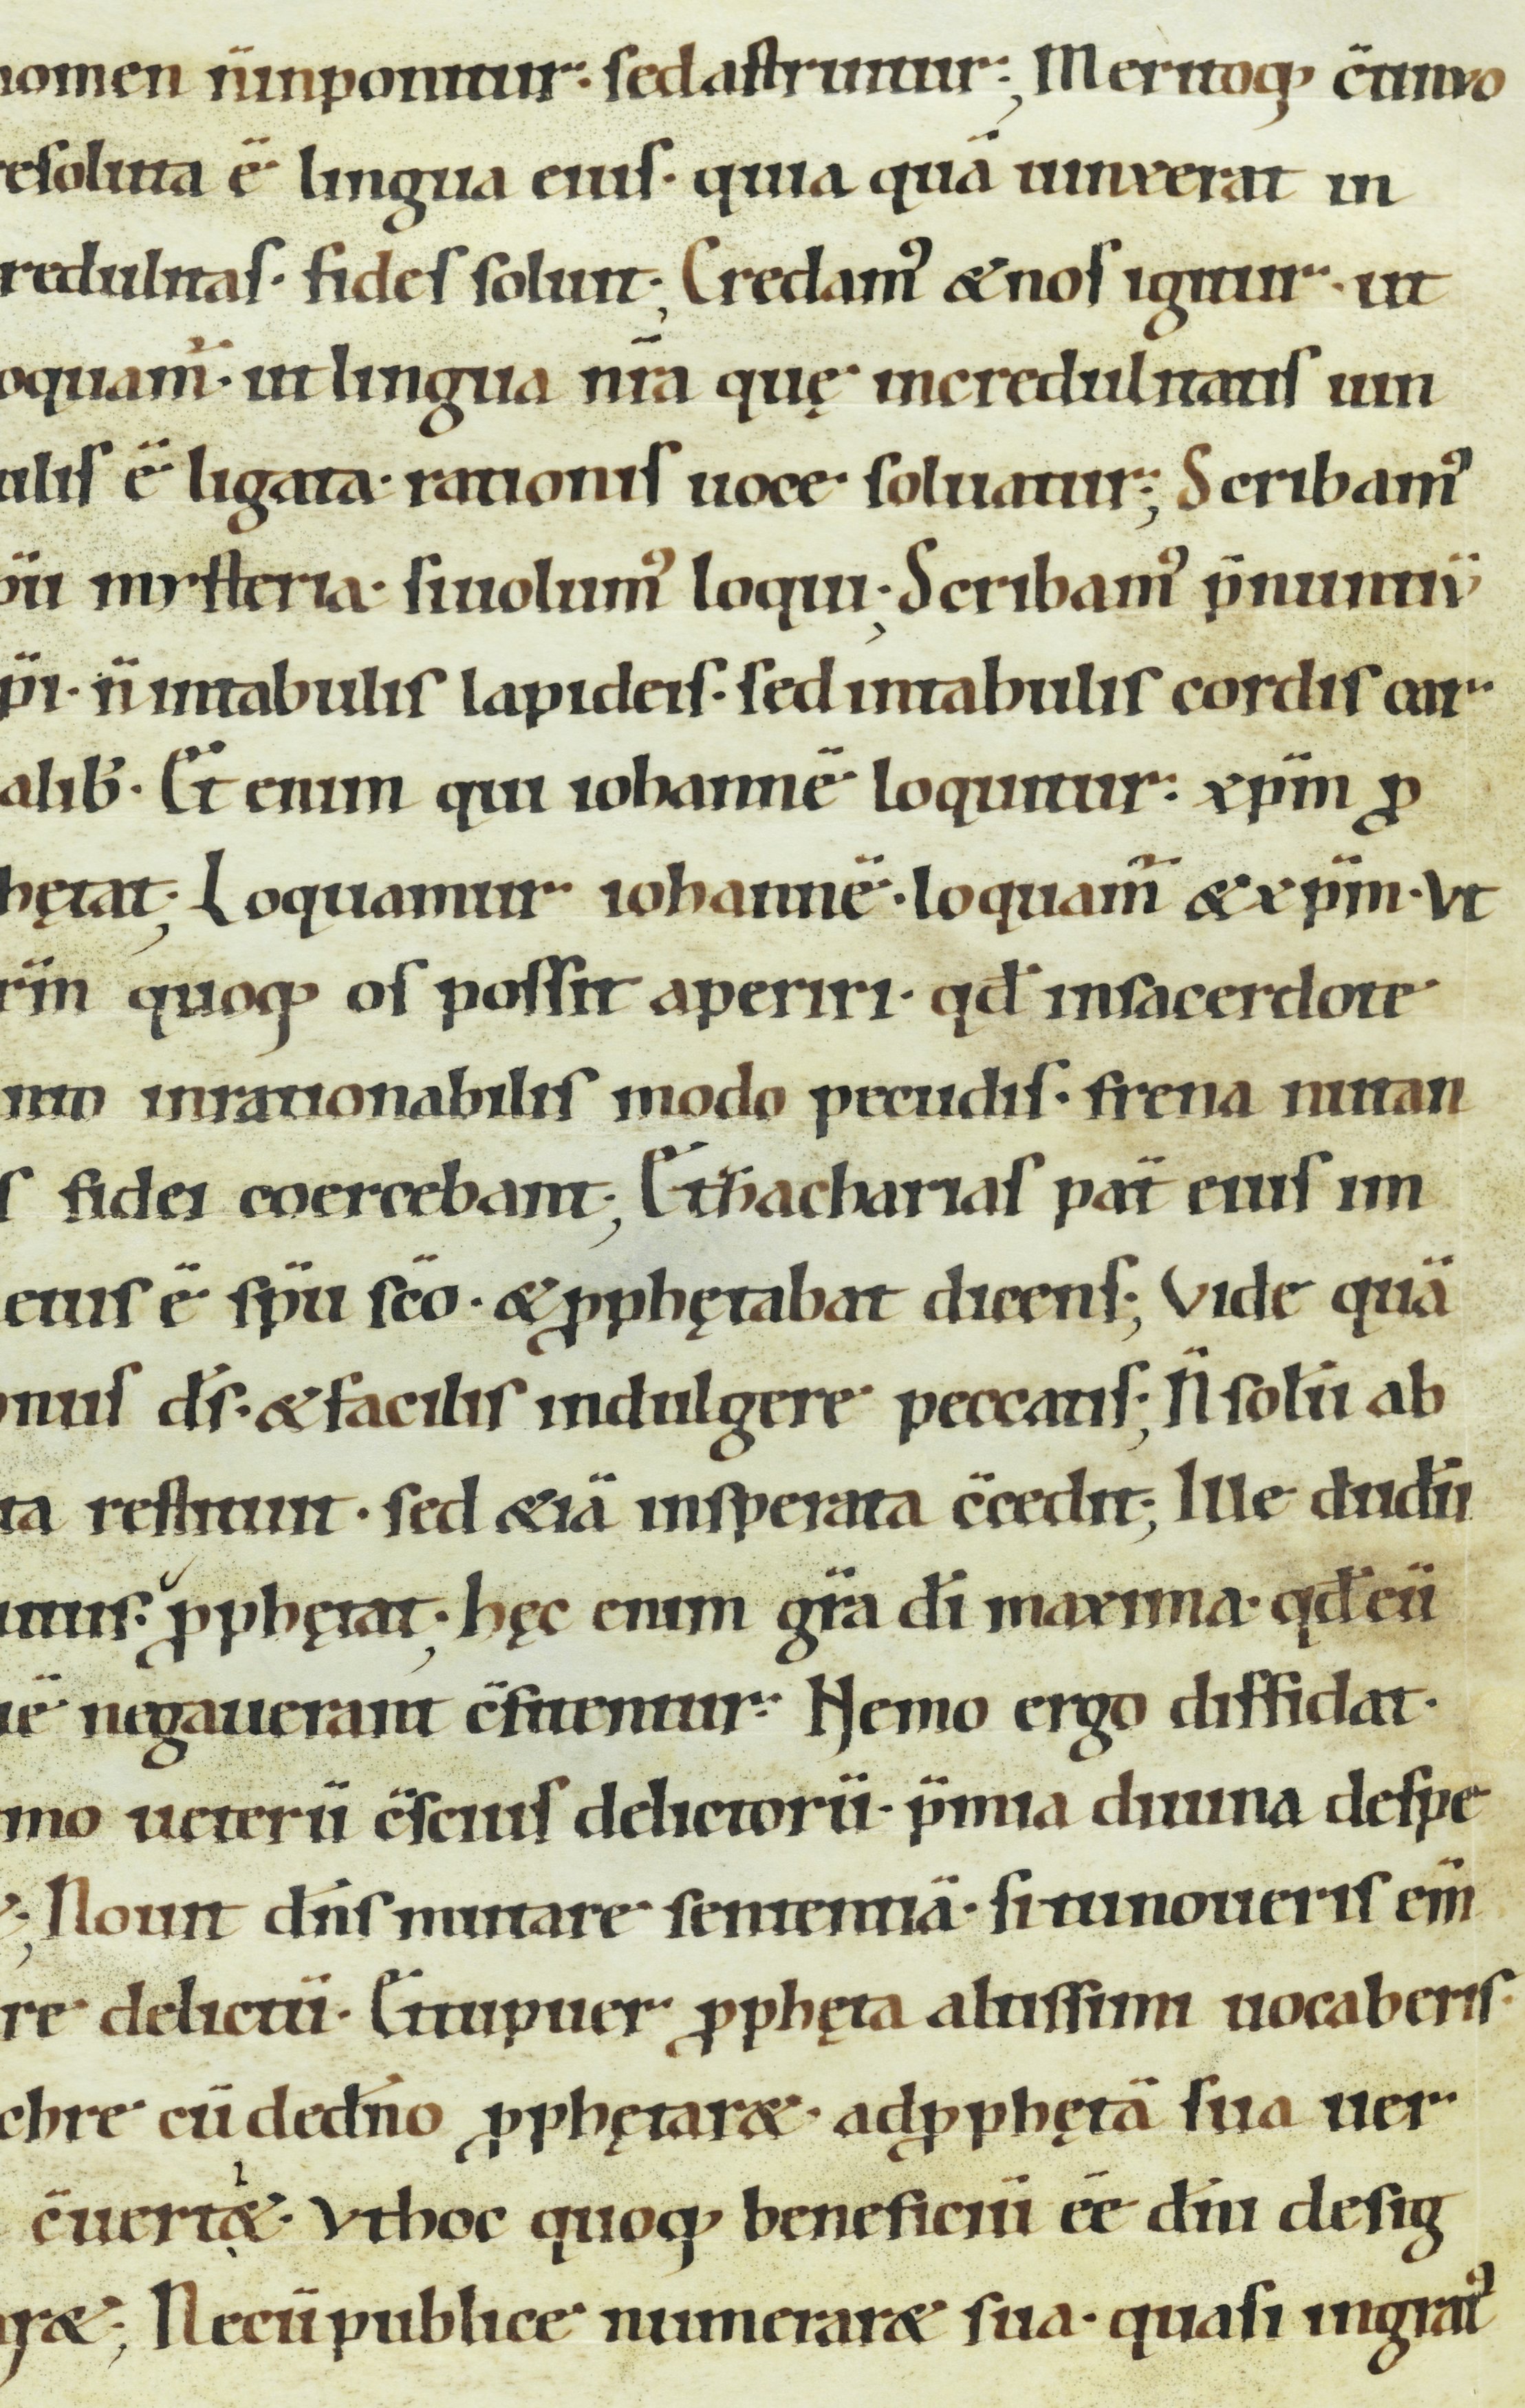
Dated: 900–999